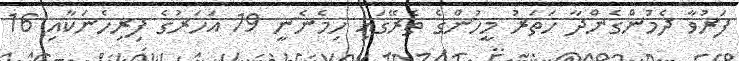
ފަރުވާ ދެމުންގެންދާ ހަތަރު މީހުންގެ ތެރޭގައި ހިމެނެނީ 19 އަހަރުގެ ފިރިހެނަކާއި 16